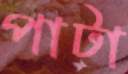
পাটা